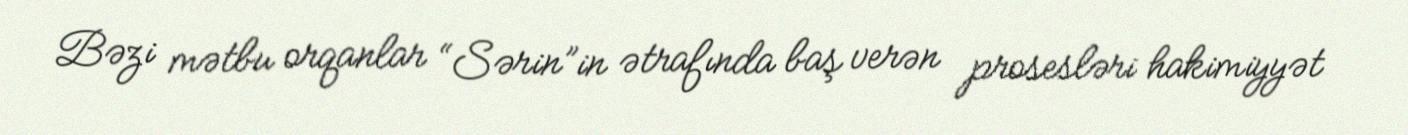
Bəzi mətbu orqanlar “Sərin”in ətrafında baş verən prosesləri hakimiyyət